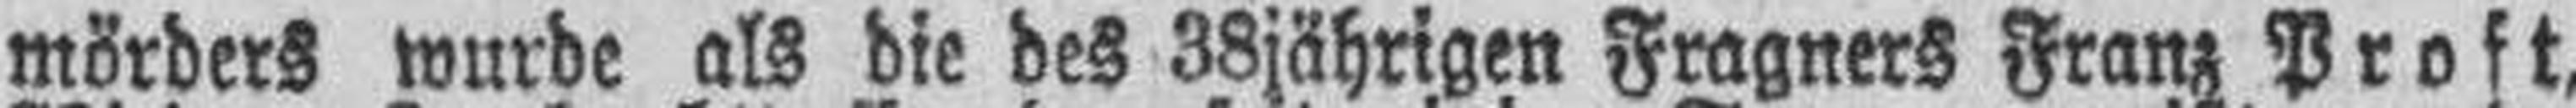
mörders wurde als die des 38jährigen Fragners Franz Proft,